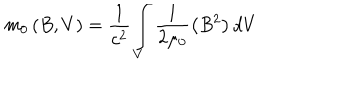
LaTeX: m _ { 0 } \left( B , V \right) = \frac { 1 } { c ^ { 2 } } \int _ { V } \frac { 1 } { 2 \mu _ { 0 } } \left( B ^ { 2 } \right) d V